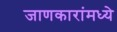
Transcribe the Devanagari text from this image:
जाणकारांमध्ये